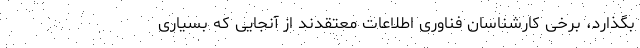
بگذارد، برخی کارشناسان فناوری اطلاعات معتقدند از آنجایی که بسیاری